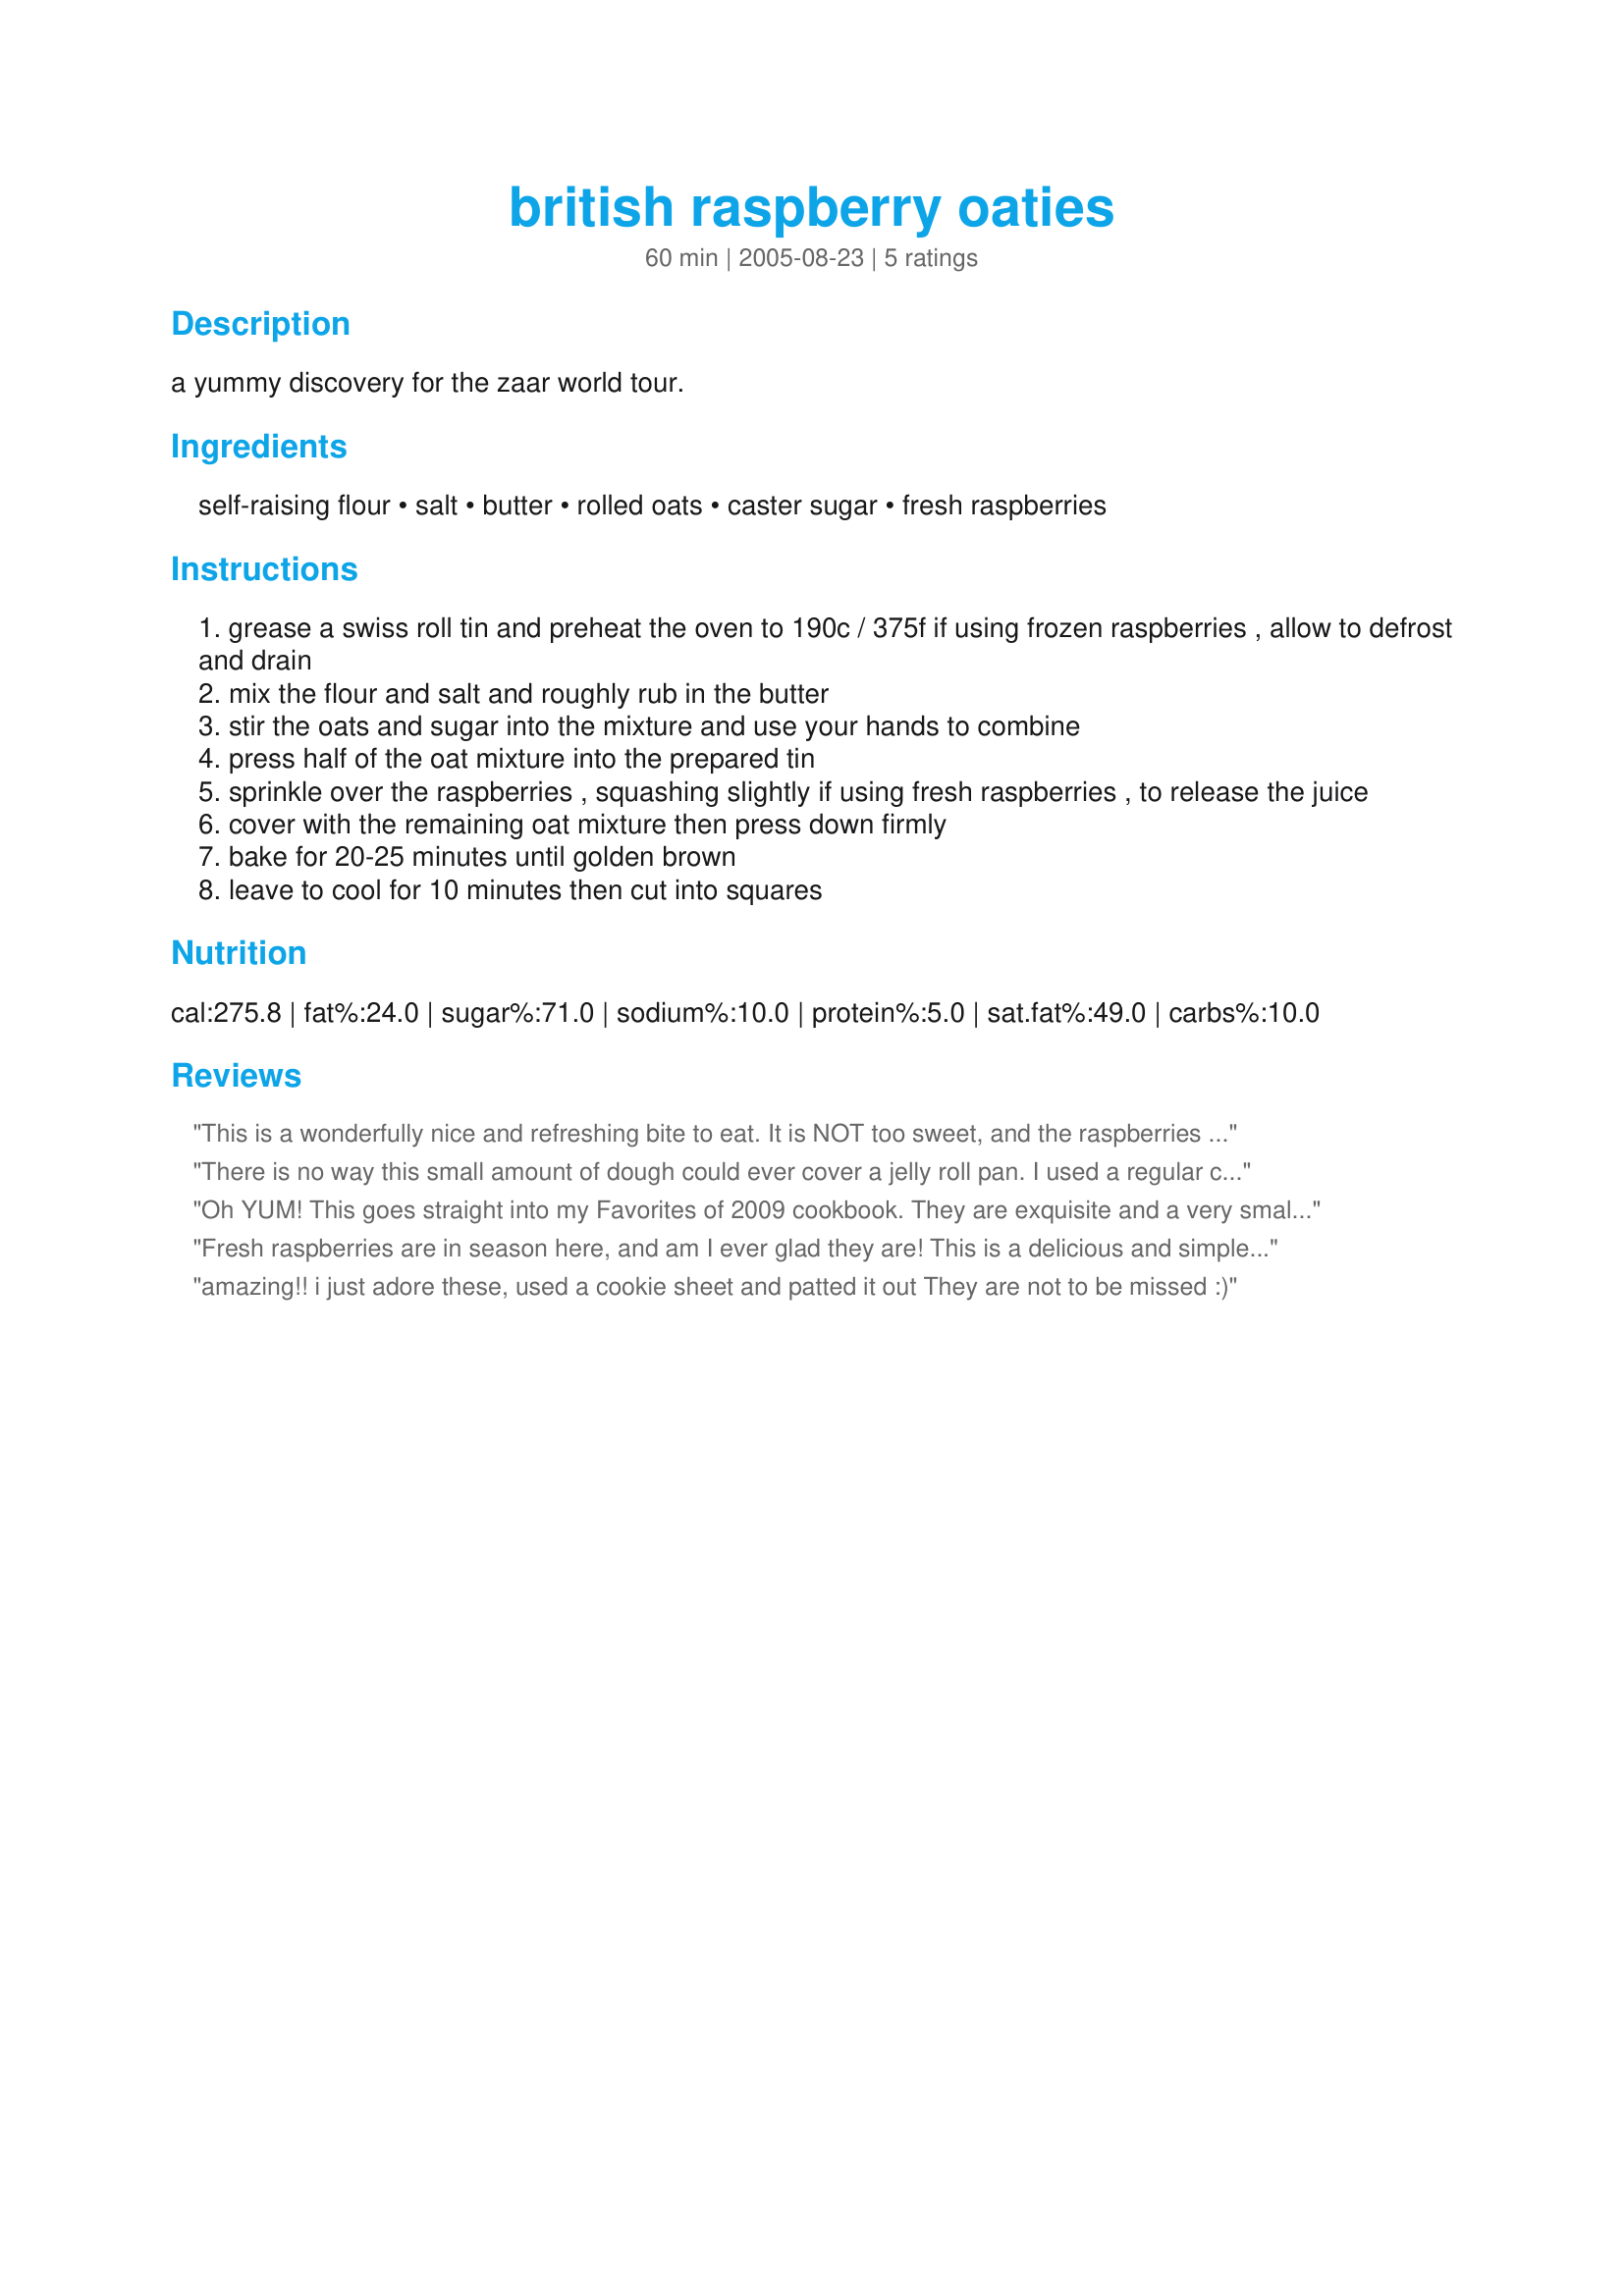
british raspberry oaties
Preparation time: 60 minutes

a yummy discovery for the zaar world tour.

Ingredients:
self-raising flour, salt, butter, rolled oats, caster sugar, fresh raspberries

Steps:
grease a swiss roll tin and preheat the oven to 190c / 375f if using frozen raspberries , allow to defrost and drain
mix the flour and salt and roughly rub in the butter
stir the oats and sugar into the mixture and use your hands to combine
press half of the oat mixture into the prepared tin
sprinkle over the raspberries , squashing slightly if using fresh raspberries , to release the juice
cover with the remaining oat mixture then press down firmly
bake for 20-25 minutes until golden brown
leave to cool for 10 minutes then cut into squares

Reviews:
This is a wonderfully nice and refreshing bite to eat. It is NOT too sweet, and the raspberries add a certain tartness that is super at midday. Thank you for a nice recipe.
There is no way this small amount of dough could ever cover a jelly roll pan. I used a regular cake pan and it was a real stretch. The bars came our very thin. Having said that, they are delicious.
Oh YUM! This goes straight into my Favorites of 2009 cookbook. They are exquisite and a very small piece (e.g., 2"x2") is entirely satisfying. I used a jelly roll pan with dimensions of 15" by 11" (rather than what I consider a 'normal' size of 18"x12"). I patted out about 2/3rds of the dough in it, put on the raspberries and dotted the rest of the dough over the top, then pressed lightly. The top dough spread nicely. It didn't completely cover the raspberries, but left some peeking out--which I thought was perfect. Thanks for sharing this...I'll make it again!
Fresh raspberries are in season here, and am I ever glad they are! This is a delicious and simple recipe, thanks Bethie!
amazing!! i just adore these, used a cookie sheet and patted it out They are not to be missed :)
